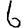
Digit: 6